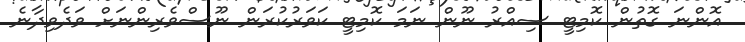
އޮންނަ ގޮތުން ކޮމިޓީ ސިއްރު ނޫން ނަމަ ކޮމިޓީ ކަވަރުކުރަން ނޫސްވެރިންނަށް ވަދެވިދާނެ